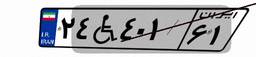
۸۳W۸۴۹۵۱